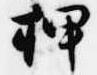
押